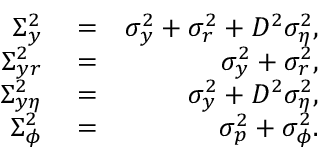
\begin{array} { r l r } { \Sigma _ { y } ^ { 2 } } & { { } = } & { \sigma _ { y } ^ { 2 } + \sigma _ { r } ^ { 2 } + D ^ { 2 } \sigma _ { \eta } ^ { 2 } , } \\ { \Sigma _ { y r } ^ { 2 } } & { { } = } & { \sigma _ { y } ^ { 2 } + \sigma _ { r } ^ { 2 } , } \\ { \Sigma _ { y \eta } ^ { 2 } } & { { } = } & { \sigma _ { y } ^ { 2 } + D ^ { 2 } \sigma _ { \eta } ^ { 2 } , } \\ { \Sigma _ { \phi } ^ { 2 } } & { { } = } & { \sigma _ { p } ^ { 2 } + \sigma _ { \phi } ^ { 2 } . } \end{array}